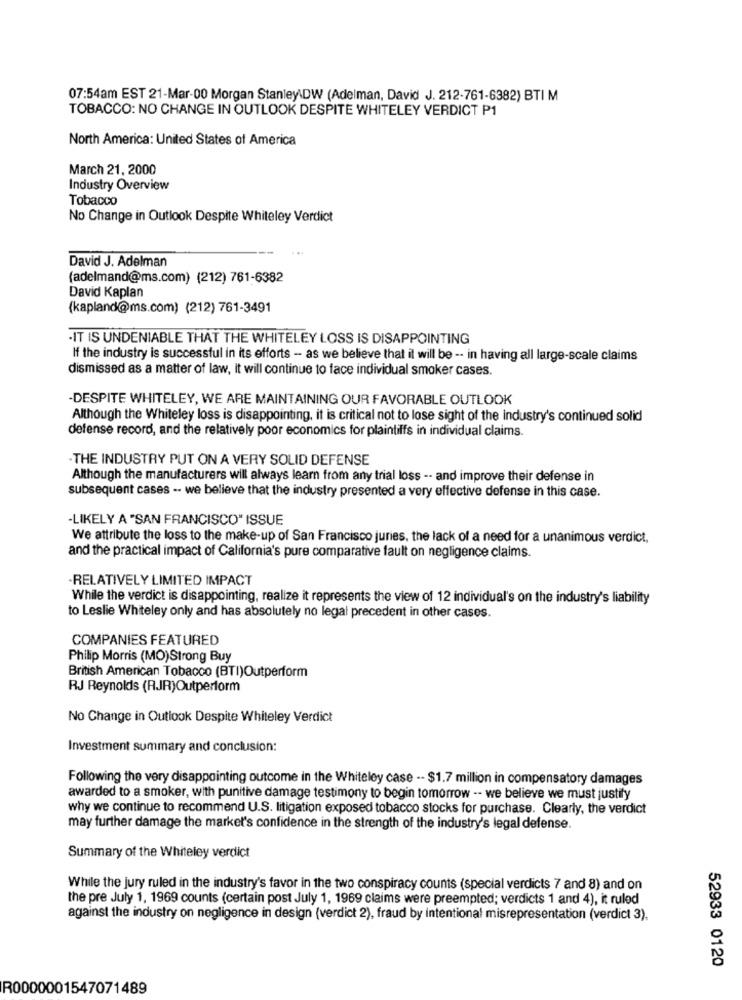
07:54am EST 21-Mar-00 Morgan Stanley.DW (Adelman, David J. 212-761-6382) BTI M
TOBACCO: NO CHANGE IN OUTLOOK DESPITE WHITELEY VERDICT P1
North America: United States of America
March 21, 2000
Industry Overview
Tobacco
No Change in Outlook Despite Whiteley Verdict
David J. Adelman
(adelmand@ms.com) (212) 761-6382
David Kaplan
(kapland@ms.com) (212) 761-3491
.IT IS UNDENIABLE THAT THE WHITELEY LOSS IS DISAPPOINTING
If the industry is successful in its efforts - as we believe that it will be -- in having all large-scale claims
dismissed as a matter of law, It will continue to face individual smoker cases
-DESPITE WHITELEY, WE ARE MAINTAINING OUR FAVORABLE OUTLOOK
Although the Whiteley loss is disappointing, it is critical not to lose sight of the industry's continued solid
defense record, and the relatively poor economics for plaintiffs in individual claims.
-THE INDUSTRY PUT ON A VERY SOLID DEFENSE
Although the manufacturers will always learn from any trial loss -- and improve their defense in
subsequent cases -- we believe that the industry presented a very effective defense in this case.
-LIKELY A "SAN FRANCISCO" ISSUE
We attribute the loss to the make-up of San Francisco juries, the lack of a need for a unanimous verdict,
and the practical impact of California's pure comparative fault on negligence claims.
RELATIVELY LIMITED IMPACT
While the verdict is disappointing, realize it represents the view of 12 individual's on the industry's liability
to Leslie Whiteley only and has absolutely no legal precedent in other cases.
COMPANIES FEATURED
Philip Morris (MO) Strong Buy
British American Tobacco (BTI)Outperform
RJ Reynolds (RJR)Outperform
No Change in Outlook Despite Whiteley Verdict
Investment summary and conclusion:
Following the very disappointing outcome in the Whiteley case -- $1.7 million in compensatory damages
awarded to a smoker, with punitive damage testimony to begin tomorrow -- we believe we must justify
why we continue to recommend U.S. litigation exposed tobacco stocks for purchase. Clearly, the verdict
may further damage the market's confidence in the strength of the industry's legal defense.
Summary of the Whiteley verdict
While the jury ruled in the industry's favor in the two conspiracy counts (special verdicts 7 and 8) and on
the pre July 1, 1969 counts (certain post July 1, 1969 claims were preempted; verdicts 1 and 4), it ruled
against the industry on negligence in design (verdict 2), fraud by intentional misrepresentation (verdict 3).
52933 0120
R0000001547071489